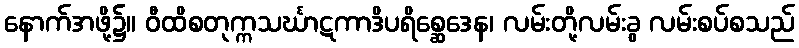
နောက်အဖို့၌။ ဝီထိစတုက္ကသင်္ဃာဋကာဒိပရိစ္ဆေဒေန၊ လမ်းတို့လမ်းခွ လမ်းစပ်စသည်